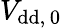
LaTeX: V_{\mathrm{{dd},\, 0}}